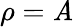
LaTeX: \rho=\mathit{A}